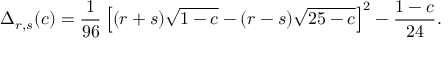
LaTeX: \Delta _ { r , s } ( c ) = \frac { 1 } { 9 6 } \left[ ( r + s ) \sqrt { 1 - c } - ( r - s ) \sqrt { 2 5 - c } \right] ^ { 2 } - \frac { 1 - c } { 2 4 } .